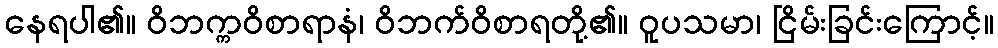
နေရပါ၏။ ဝိဘက္ကဝိစာရာနံ၊ ဝိဘက်ဝိစာရတို့၏။ ဝူပသမာ၊ ငြိမ်းခြင်းကြောင့်။